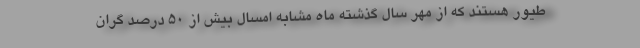
طیور هستند که از مهر سال گذشته ماه مشابه امسال بیش از ۵۰ درصد گران